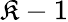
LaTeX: \mathfrak{K}-1